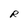
Character: R